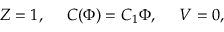
Z = 1 , \ \ \ \ C ( \Phi ) = C _ { 1 } \Phi , \ \ \ \ V = 0 ,